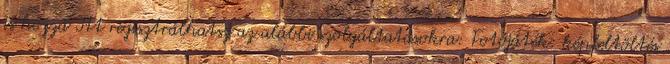
is hozzá Itt regisztrálhatsz az alábbi szolgáltatásokra: Fotójáték: képfeltöltés